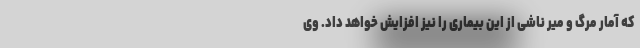
که آمار مرگ و میر ناشی از این بیماری را نیز افزایش خواهد داد. وی